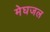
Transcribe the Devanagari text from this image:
मेघजल